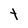
Character: t